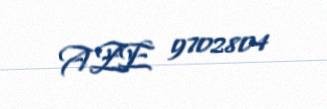
AZE 9702804